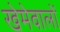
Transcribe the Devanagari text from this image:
खेमेवालों